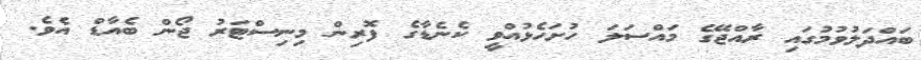
ބައްދަލުވުމުގައި ރާއްޖޭގެ މައްސަލަ ހުށަހެޅުއްވީ ކެނެޑާގެ ފޮރިން މިނިސްޓަރު ޖޯން ބެއާޑް އެވެ.